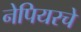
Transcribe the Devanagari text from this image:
नेपियरचे